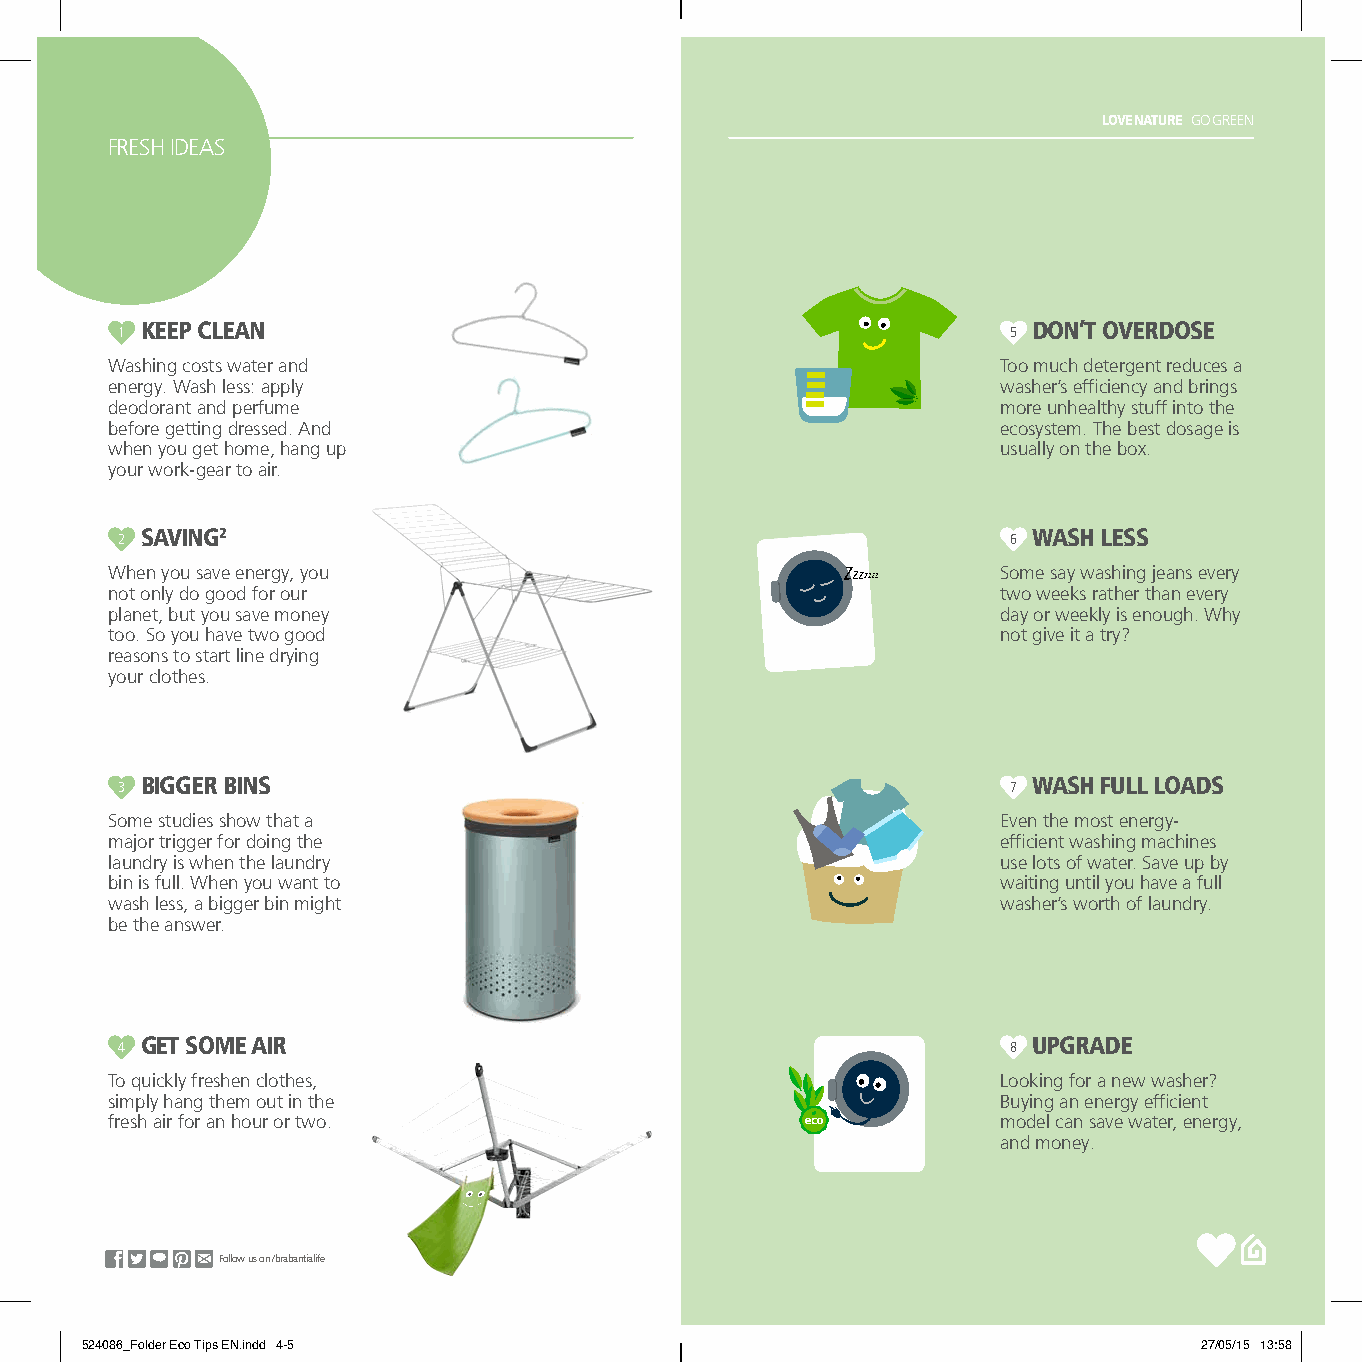
LOVE NATURE GO GREEN
 FRESH IDEAS
 1 KEEP CLEAN                                               5 DON’T OVERDOSE
 Washing costs water and                                    Too much detergent reduces a
 energy. Wash less: apply                                   washer’s efficiency and brings
 deodorant and perfume                                      more unhealthy stuff into the
 before getting dressed. And                                ecosystem. The best dosage is
 when you get home, hang up                                 usually on the box.
 your work-gear to air.
 12 Don’t overdose
 2 SAVING2                                                  6 WASH LESS
 When you save energy, you                                  Some say washing jeans every
 not only do good for our                                   two weeks rather than every
 planet, but you save money                                 day or weekly is enough. Why
 too. So you have two good                                  not give it a try?
 reasons to start line drying
 your clothes.
 15 Wash less
 3 BIGGER BINS                                              7 WASH FULL LOADS
 Some studies show that a                                   Even the most energy-
 major trigger for doing the                                efficient washing machines
 laundry is when the laundry                                use lots of water. Save up by
 bin is full. When you want to                              waiting until you have a full
 wash less, a bigger bin might                              washer’s worth of laundry.
 be the answer.
 16 Wash full loads
 4 GET SOME AIR                                             8 UPGRADE
 To quickly freshen clothes,                                Looking for a new washer?
 simply hang them out in the                                Buying an energy efficient
 fresh air for an hour or two.                              model can save water, energy,
 and money.
 23 Upgrade
 Follow us on /brabantialife
 524086_Folder Eco Tips EN.indd 4-5                                         27/05/15 13:58